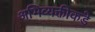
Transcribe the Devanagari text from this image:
अभिव्यक्तीकडे